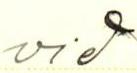
vid